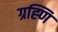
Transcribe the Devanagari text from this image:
ग्रह्णि